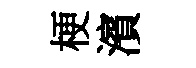
梗濱